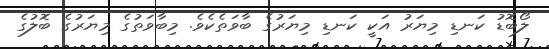
ލޯބޮޑު ކަނޑި މިޔަރު އަކީ ކަނޑި މިޔަރުގެ ބާވަތެކެވެ. މިބާވަތުގެ މިޔަރުގެ ބޮލުގެ